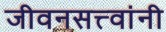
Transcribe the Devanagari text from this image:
जीवनसत्त्वांनी